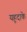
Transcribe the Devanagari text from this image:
यहूदाके